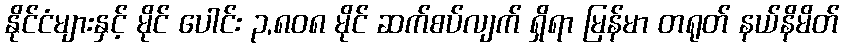
နိုင်ငံများနှင့် မိုင် ပေါင်း ၃,၈၀၈ မိုင် ဆက်စပ်လျက် ရှိရာ မြန်မာ တရုတ် နယ်နိမိတ်